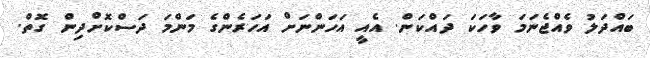
ބައްދަލު ވެއްޖެނަމަ ވާހަކަ ދައްކަން. އެއީ އަހަންނަށް އަހަރެންގެ މަންމަ ދަސްކޮށްދިން ގޮތް.